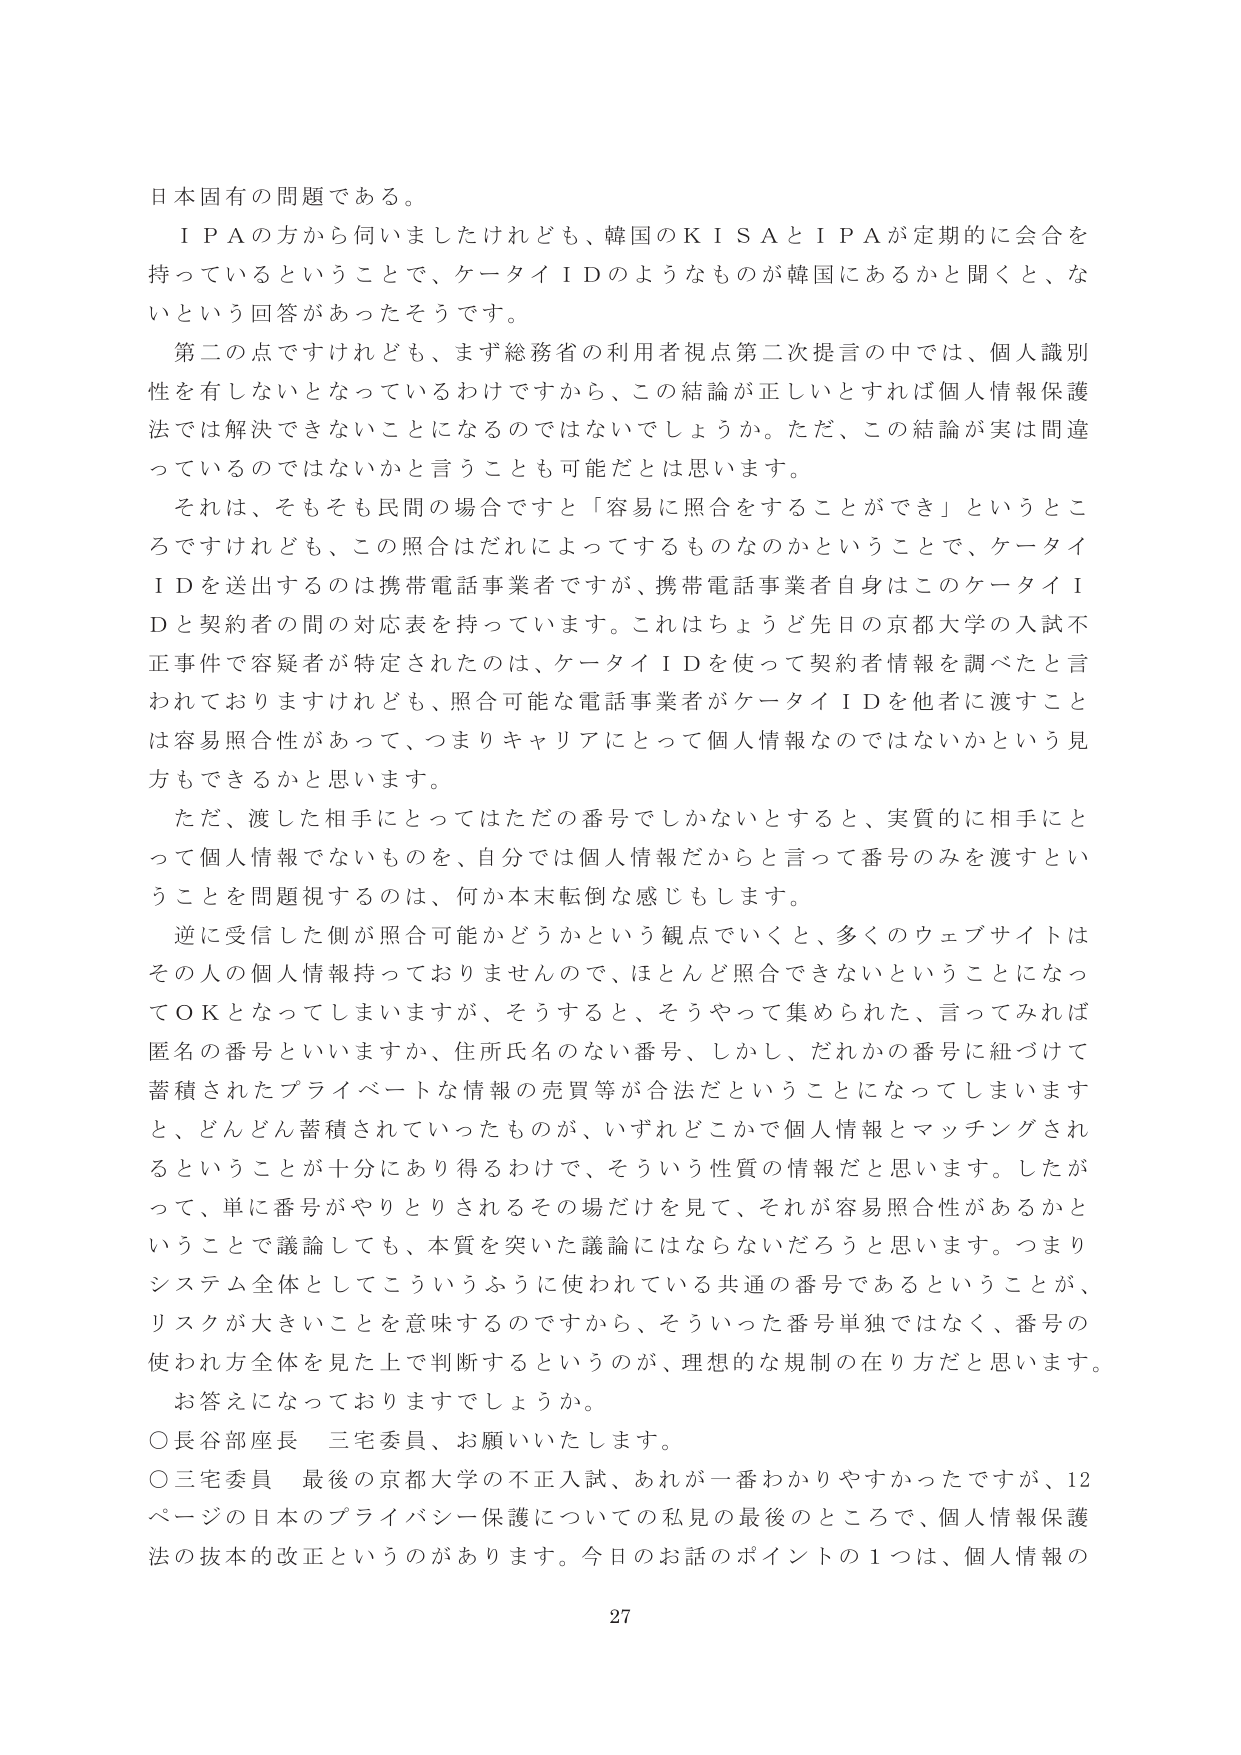
日本固有の問題である。

ＩＰＡの方から伺いましたけれども、韓国のＫＩＳＡとＩＰＡが定期的に会合を持っているということで、ケータイＩＤのようなものが韓国にあるかと聞くと、ないという回答があったそうです。

第二の点ですけれども、まず総務省の利用者視点第二次提言の中では、個人識別性を有しないとなっているわけですから、この結論が正しいとすれば個人情報保護法では解決できないことになるのではないでしょうか。ただ、この結論が実は間違っているのではないかと言うことも可能だとは思います。

それは、そもそも民間の場合ですと「容易に照合をすることができる」というところですけれども、この照合はだれによってするものなのかということで、ケータイＩＤを送出するのは携帯電話事業者ですが、携帯電話事業者自身はこのケータイＩＤと契約者の間の対応表を持っています。これはちょうど先日の京都大学の入試不正事件で容疑者が特定されたのは、ケータイＩＤを使って契約者情報を調べたと言われておりますけれども、照合可能な電話事業者がケータイＩＤを他者に渡すことは容易照合性があって、つまりキャリアにとって個人情報なのではないかという見方もできるかと思います。

ただ、渡した相手にとってはただの番号でしかないとするとき、実質的に相手にとって個人情報でないものを、自分では個人情報だからと言って番号のみを渡すということを問題視するのは、何か本末転倒な感じもします。

逆に受信した側が照合可能かどうかという観点でいくと、多くのウェブサイトはその人の個人情報持っておりませんので、ほとんど照合できないということになってＯＫとなってしまいます。そうすると、そうやって集められた、言ってみれば匿名の番号といいますか、住所氏名のない番号、しかし、だれかの番号に紐づけて蓄積されたプライベートな情報の売買等が合法だということになってしまいますと、どんどん蓄積されていったものが、いずれどこかで個人情報とマッチングされるということが十分にあり得るわけで、そういう性質の情報だと思います。したがって、単に番号がやりとりされるその場だけを見て、それが容易照合性があるかということで議論しても、本質を突いた議論にはならないだろうと思います。つまりシステム全体としてこういうふうに使われている共通の番号であるということが、リスクが大きいことを意味するのですから、そういった番号単独ではなく、番号の使われ方全体を見た上で判断するというのが、理想的な規制の在り方だと思います。

お答えになっておりますでしょうか。

○長谷部座長　三宅委員、お願いいたします。

○三宅委員　最後の京都大学の不正入試、あれが一番わかりやすかったですが、12ページの日本のプライバシー保護についての私見の最後のところで、個人情報保護法の抜本的改正というのがあります。今日のお話のポイントの１つは、個人情報の

27